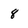
Character: 8